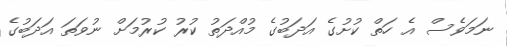
ނަމަވެސް އެ ހަތް ކުށުގެ އަދަބުގެ މުއްދަތު ކުރު ކުރުމަށް ނުވަތަ އަދަބުގެ